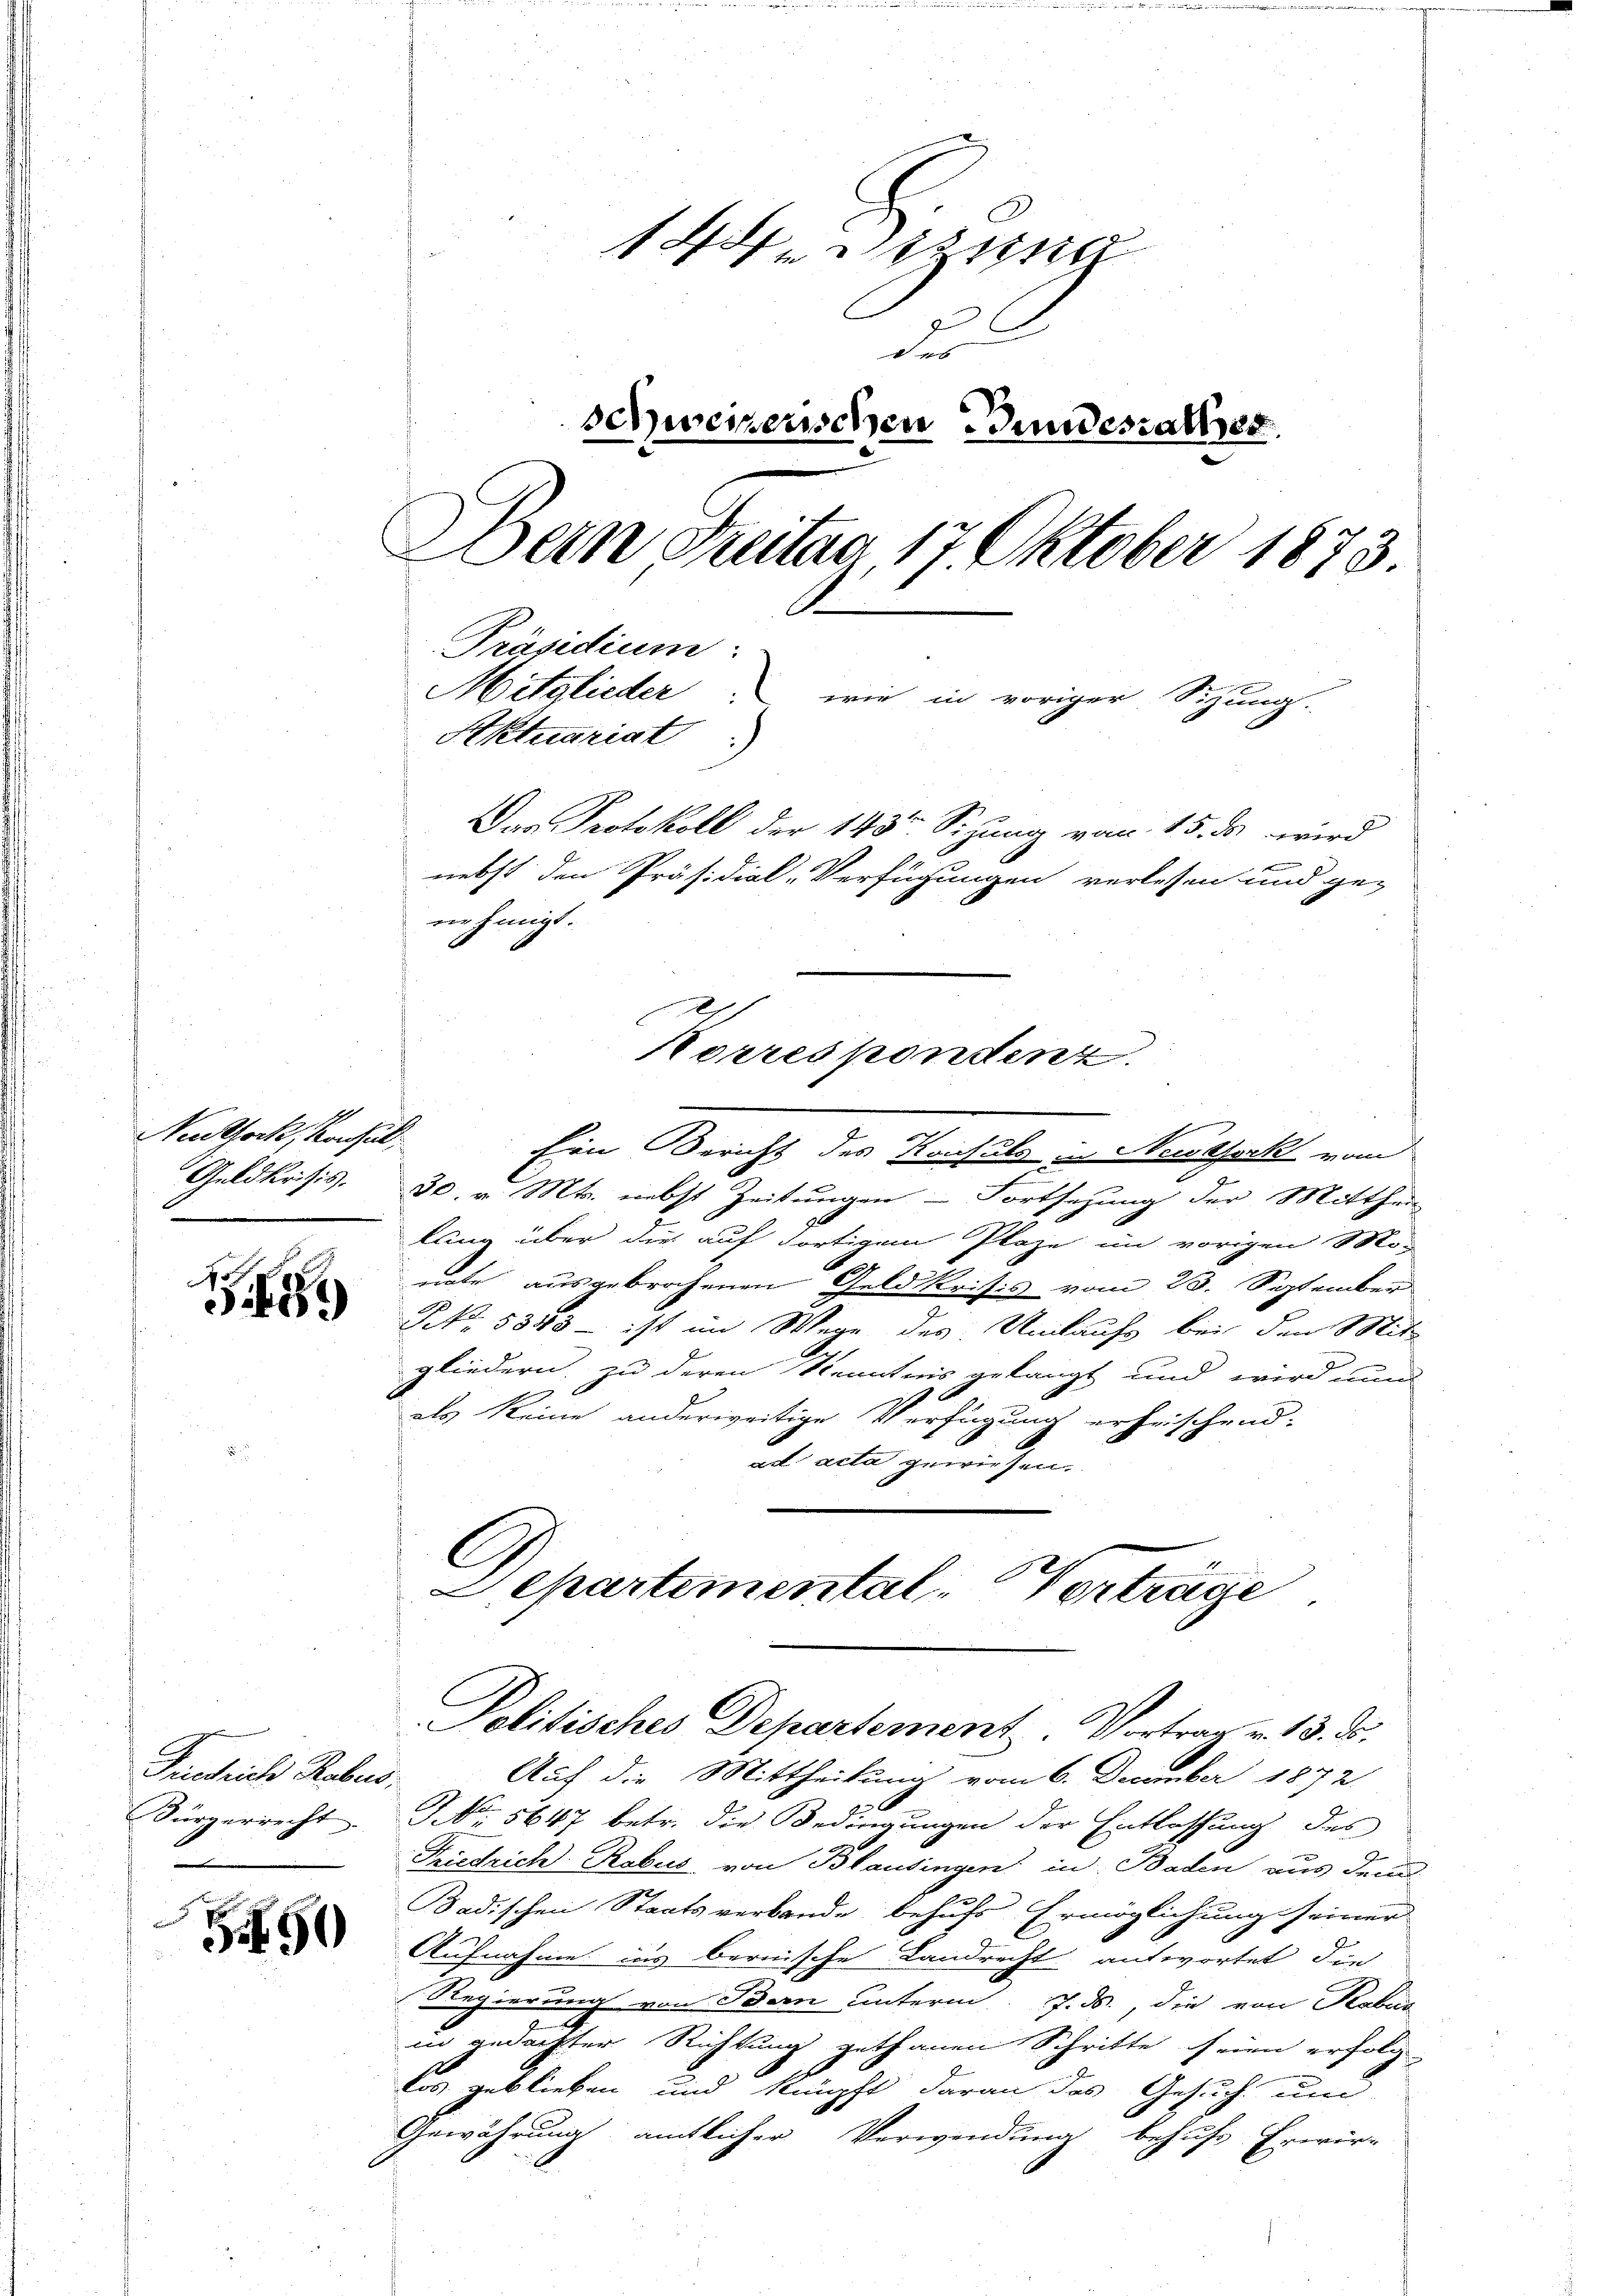
Neuthock, Konze
Geldkrisis.

559

Friedrich Rabus,
Bürgerrecht
.

S.50

1 is
der
schwerzenschen Gundesrathes
Dein Freitag, 17. Oktober 1873.
A
Präsidium:
Mitglieder, wie in voriger Sizung.
Aktuariat
Das Protokoll der 143sten Sizung von 15. ds wird
nebst den Präsidial-Verfügungen verlesen und ge-
rin einigt.

2
Ein Gericht des Konsuls in Neidsock vom
30. v. Mts. nebst Zeitungen - Fortsetzung der Mitthei
lung über die auf fortigen Plaze im vorigen Mo-
note ausgebrochenen Geldkrisis vom 23. September
NNo. 5343 - ist im Wege des Umtaufs bei den Mit-
gliedern, zu deren Kenntnis gelangt und wird nun
als keine anderweitige Verfügung erheischend:
ad acta gewiesen.

Politisches Departement. Vortrag v. 13. ds.
Auf die Mittheilung vom 6. December 1872.
NNo. 5647 betr. die Bedingungen der Entlassung des
Friedrich Robus von Blausingen in Baden aus dem
Badischen Staatsverbande behufs Ermöglichung seiner
Aufnahme ins bernische Landrecht antwortet, die
Regierung von Bern unterm 7. ds., die von Kalen
.
in gedachter Richtung gethanen Schritte seinen erfolg
los geblieben und knüpft daran das Gesuch und
Gewährung amtlicher Verwendung behufs Erwir-

Korrespondenz.

C
Departemental- Vorträge